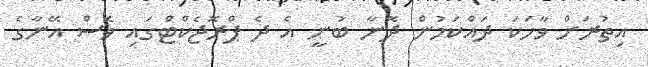
އިތުރަށް ވާހަކަ ދައްކަމުން ދޮނާ ބުނީ އެ ދެ ޕްރޮޖެކްޓްގައި ވެސް އޭނާގެ